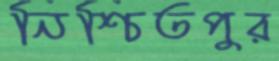
নিশ্চিতপুর